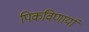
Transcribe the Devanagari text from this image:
पिकविणार्या